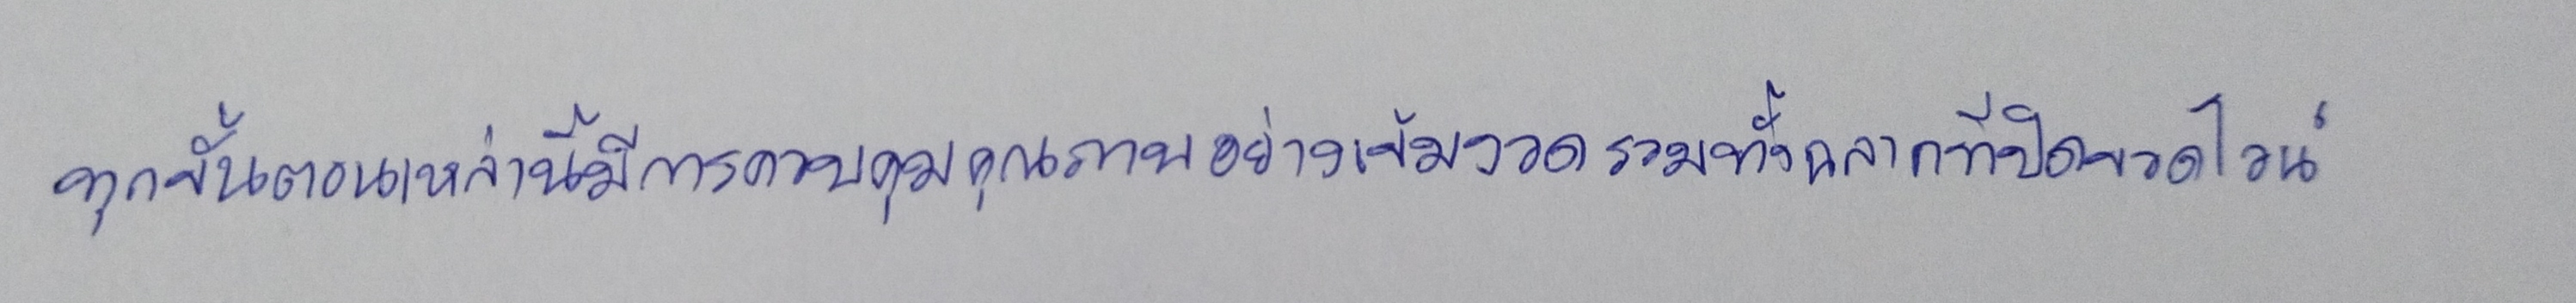
ทุกขั้นตอนเหล่านี้มีการควบคุมคุณภาพอย่างเข้มงวดรวมทั้งฉลากที่ปิดขวดไวน์